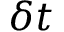
\delta t